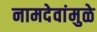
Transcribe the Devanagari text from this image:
नामदेवांमुळे